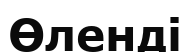
Өленді